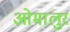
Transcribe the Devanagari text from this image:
ओमालुर